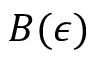
B ( \epsilon )